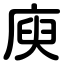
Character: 庾